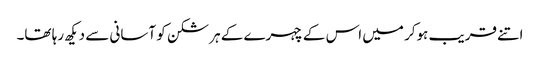
اتنے قریب ہوکر میں اس کے چہرے کے ہر شکن کو آسانی سے دیکھ رہا تھا۔